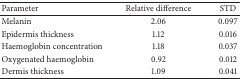
<table><thead><tr><td><b> Parameter </b></td><td><b> Relative difference </b></td><td><b> STD</b></td></tr></thead><tbody><tr><td> Melanin </td><td> 2.06 </td><td> 0.097</td></tr><tr><td> Epidermis thickness </td><td> 1.12 </td><td> 0.016</td></tr><tr><td> Haemoglobin concentration </td><td> 1.18 </td><td> 0.037</td></tr><tr><td> Oxygenated haemoglobin </td><td> 0.92 </td><td> 0.012</td></tr><tr><td> Dermis thickness </td><td> 1.09 </td><td> 0.041</td></tr></tbody></table>